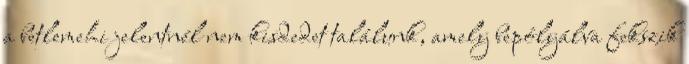
a betlemehi jelentnél nem kisdedet találunk, amely bepólyálva fekszik